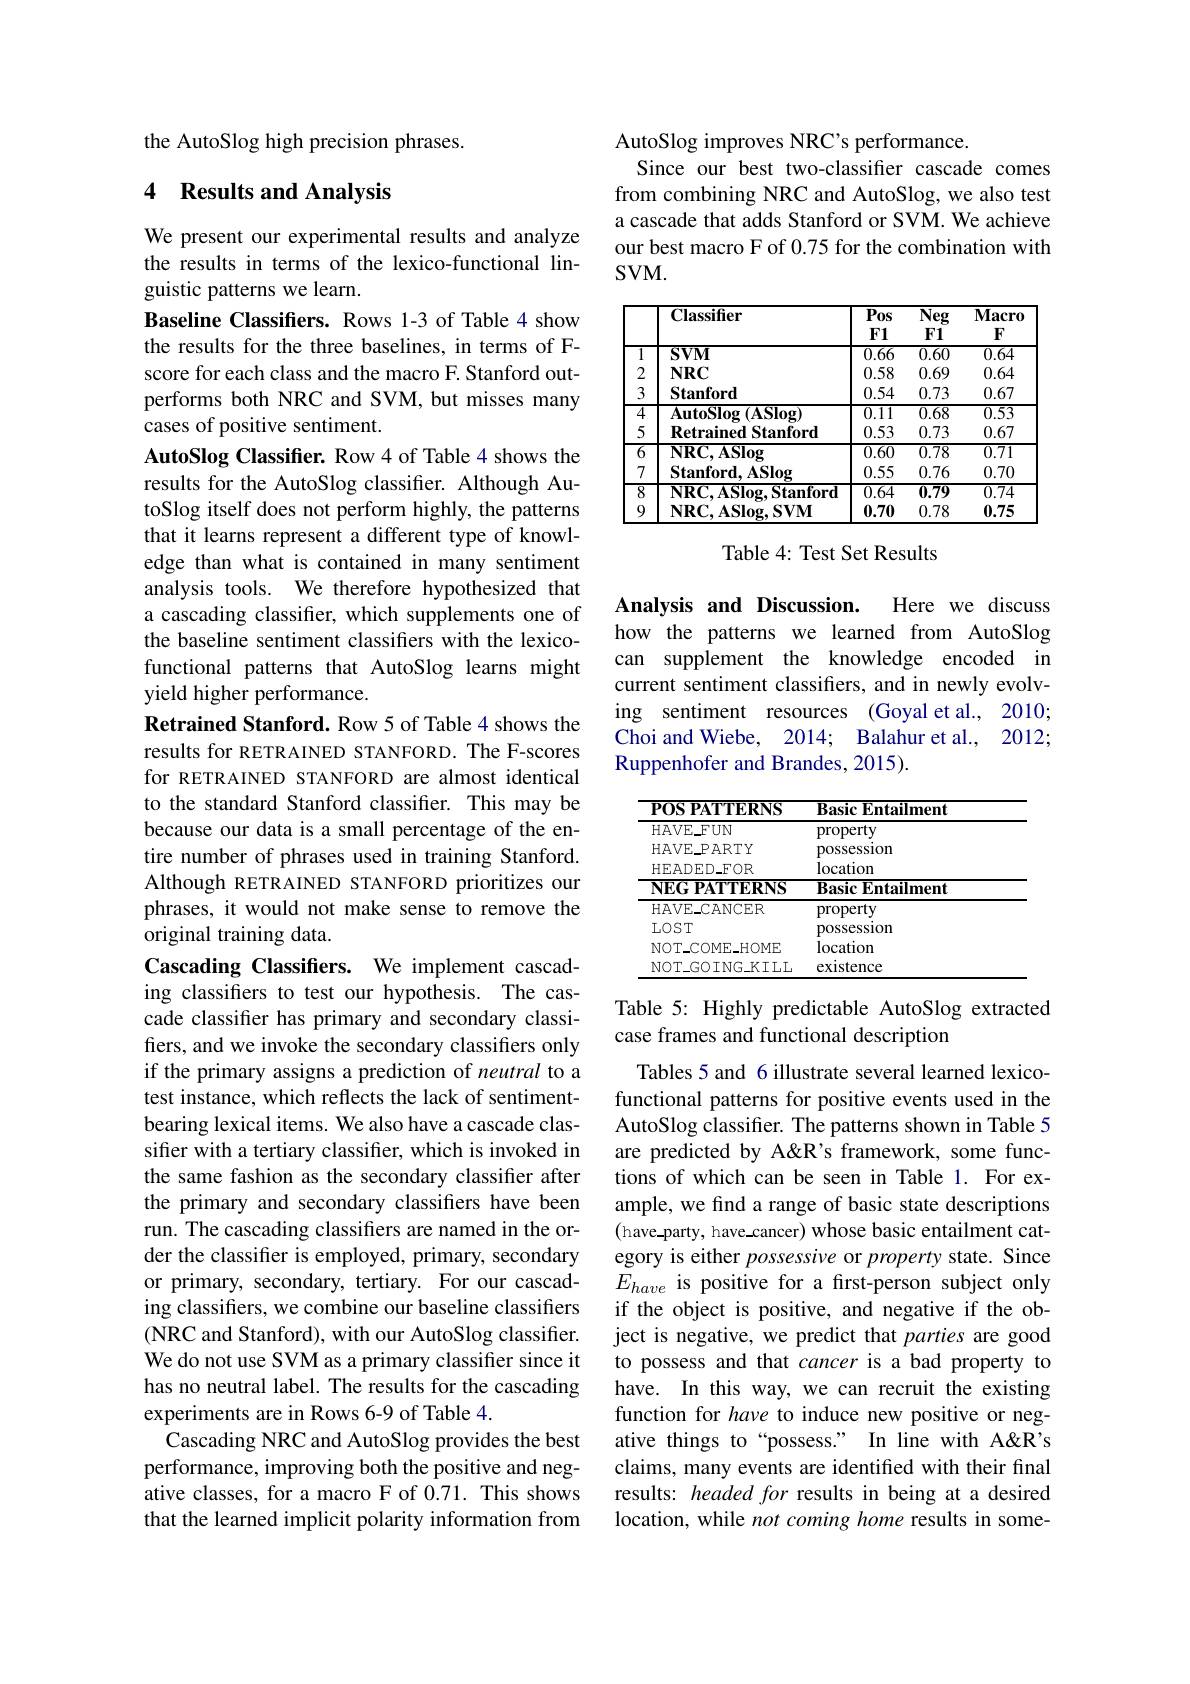
the AutoSlog high precision phrases

## 4 Results and Analysis

We present our experimental results and analyze the results in terms of the lexico-functional linguistic patterns we learn.
Baseline Classifiers. Rows 1-3 of Table 4 show the results for the three baselines, in terms of Fscore for each class and the macro F. Stanford outperforms both NRC and SVM, but misses many cases of positive sentiment.
AutoSlog Classifier. Row 4 of Table 4 shows the results for the AutoSlog classifier. Although AutoSlog itself does not perform highly, the patterns that it learns represent a different type of knowledge than what is contained in many sentiment analysis tools. We therefore hypothesized that a cascading classifier, which supplements one of the baseline sentiment classifiers with the lexicofunctional patterns that AutoSlog learns might yield higher performance.
Retrained Stanford. Row 5 of Table 4 shows the results for RETRAINED STANFORD. The F-scores for RETRAINED STANFORD are almost identical to the standard Stanford classifier. This may be because our data is a small percentage of the entire number of phrases used in training Stanford. Although RETRAINED STANFORD prioritizes our phrases, it would not make sense to remove the original training data.
Cascading Classifers. We implement cascading classifiers to test our hypothesis. The cascade classifier has primary and secondary classifiers, and we invoke the secondary classifiers only if the primary assigns a prediction of neutral to a test instance, which reflects the lack of sentimentbearing lexical items. We also have a cascade classifer with a tertiary classifier, which is invoked in the same fashion as the secondary classifier after the primary and secondary classifiers have been run. The cascading classifers are named in the order the classifier is employed, primary, secondary or primary, secondary, tertiary. For our cascading classifiers, we combine our baseline classifiers (NRC and Stanford), with our AutoSlog classifier. We do not use SVM as a primary classifier since it has no neutral label. The results for the cascading experiments are in Rows 6-9 of Table 4.
Cascading NRC and AutoSlog provides the best performance, improving both the positive and negative classes, for a macro F of 0.71. This shows that the learned implicit polarity information from

AutoSlog improves NRC's performance.
Since our best two-classifier cascade comes from combining NRC and AutoSlog, we also test a cascade that adds Stanford or SVM. We achieve our best macro F of 0.75 for the combination with $SVM.$

<table>
	<tbody>
		<tr>
			<th> </th>
			<th>Classifier</th>
			<th>$\overline{P_{0}\mathbf{s}}$ $F1$</th>
			<th>$\overline{\mathbf{Neg}}$ $F1$</th>
			<th>$\mathbf{Macro}$ $F$</th>
		</tr>
		<tr>
			<td>$\overline{1}$</td>
			<td>$SVM$</td>
			<td>$\overline{0.66}$</td>
			<td>$\overline{0.60}$</td>
			<td>$\overline{0.64}$</td>
		</tr>
		<tr>
			<td>2</td>
			<td>$NRC$</td>
			<td>0.58</td>
			<td>0.69</td>
			<td>0.64</td>
		</tr>
		<tr>
			<td>3</td>
			<td>Stanford</td>
			<td>0.54</td>
			<td>0.73</td>
			<td>0.67</td>
		</tr>
		<tr>
			<td>$\overline{4}$</td>
			<td>$\mathbf{AutoSlog}\left(\mathbf{ASlog}\right)$</td>
			<td>$\overline{0.11}$</td>
			<td>$\overline{0.68}$</td>
			<td>$\overline{0.53}$</td>
		</tr>
		<tr>
			<td>5</td>
			<td>$\mathbf{RetrainedStanford}$</td>
			<td>0.53</td>
			<td>0.73</td>
			<td>0.67</td>
		</tr>
		<tr>
			<td>$\overline{6}$</td>
			<td>$\mathbf{NRC,ASlog}$</td>
			<td>$\overline{0.60}$</td>
			<td>$\overline{0.78}$</td>
			<td>$\overline{0.71}$</td>
		</tr>
		<tr>
			<td>7</td>
			<td>$\mathbf{Stanford,ASlog}$</td>
			<td>0.55</td>
			<td>0.76</td>
			<td>0.70</td>
		</tr>
		<tr>
			<td>$\overline{8}$</td>
			<td>$\mathbf{NRC}.\mathbf{ASlog}$ $\mathbf{Stanford}$</td>
			<td>$\overline{0.64}$</td>
			<td>$\overline{0.79}$</td>
			<td>$\overline{0.74}$</td>
		</tr>
		<tr>
			<td>9</td>
			<td>$\mathbf{NRC},\mathbf{ASlog},\mathbf{SVM}$</td>
			<td>0.70</td>
			<td>0.78</td>
			<td>0.75</td>
		</tr>
	</tbody>
</table>

Table 4: Test Set Results

Analysis and Discussion.
Here we discuss
how the patterns we learned from AutoSlog can supplement the knowledge encoded in current sentiment classifers, and in newly evolving sentiment resources (Goyal et al., 2010; Choi and Wiebe, 2014; Balahur et al., 2012; Ruppenhofer and Brandes, 2015).

<table>
	<tbody>
		<tr>
			<th>POS PATTERNS</th>
			<th>$\mathbf{BasicEntailment}$</th>
		</tr>
		<tr>
			<td>HAVE FUN</td>
			<td>property</td>
		</tr>
		<tr>
			<td>HAVE PARTY</td>
			<td>DOSSesslon</td>
		</tr>
		<tr>
			<td>HEADED_FOR</td>
			<td>location</td>
		</tr>
		<tr>
			<td>NEG PATYERNS</td>
			<td>$\textbf{Basic Entailment}$</td>
		</tr>
		<tr>
			<td>$HAVE\_CANCER$</td>
			<td>property</td>
		</tr>
		<tr>
			<td>LOST</td>
			<td>DOSSesslon</td>
		</tr>
		<tr>
			<td>$NOT\_COME\_HOME$</td>
			<td>location</td>
		</tr>
		<tr>
			<td>$NOT\_GOING\_KILL$</td>
			<td>existence</td>
		</tr>
	</tbody>
</table>

## Table 5: Highly predictable AutoSlog extracted case frames and functional description

Tables 5 and 6 illustrate several learned lexicofunctional patterns for positive events used in the AutoSlog classifer. The patterns shown in Table 5 are predicted by A's framework, some functions of which can be seen in Table 1. For example, we find a range of basic state descriptions (have-party, have\_cancer) whose basic entailment category is either possessive or property state. Since $E_{have}$ is positive for a first-person subject only if the object is positive, and negative if the object is negative, we predict that parties are good to possess and that cancer is a bad property to have. In this way, we can recruit the existing function for have to induce new positive or negative things to“possess.” In line with A's claims, many events are identified with their final results: headed for results in being at a desired location, while not coming home results in some-